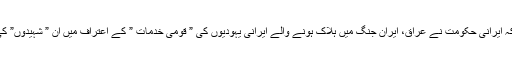
بامعنی حقیقت ہے کہ ایرانی حکومت نے عراق، ایران جنگ میں ہلاک ہونے والے ایرانی یہودیوں کی ” قومی خدمات ” کے اعتراف میں ان ” شہیدوں” کی یاد گار بنائی ہے۔